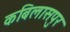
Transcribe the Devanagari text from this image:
कबिलासपुर